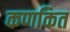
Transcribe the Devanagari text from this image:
कणकित